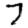
Digit: 7